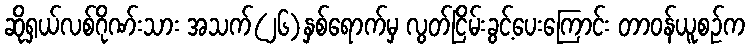
ဆိုရှယ်လစ်ဂိုဏ်းသား အသက်(၂၆)နှစ်ရောက်မှ လွတ်ငြိမ်းခွင့်ပေးကြောင်း တာဝန်ယူစဉ်က